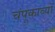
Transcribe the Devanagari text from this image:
चंपूकाव्यों